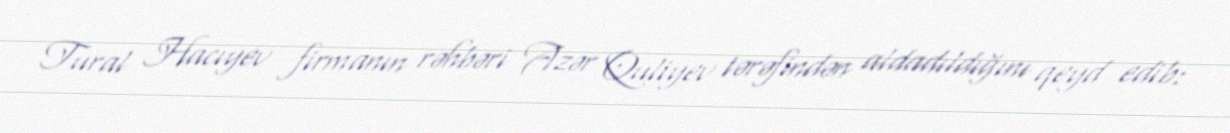
Tural Hacıyev firmanın rəhbəri Azər Quliyev tərəfindən aldadıldığını qeyd edib: